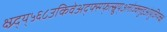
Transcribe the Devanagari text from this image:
क्ष्ग्र्द्य्५६८उकिवेअद्फ्स्ग्फ्त्स्र्रुय्७लोज्क्लुइओयुजिग्फ्च्क्ष